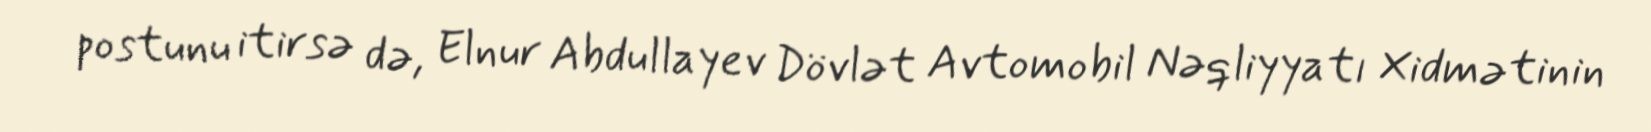
postunu itirsə də, Elnur Abdullayev Dövlət Avtomobil Nəqliyyatı Xidmətinin